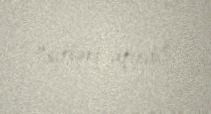
“sirləri açırdı”.